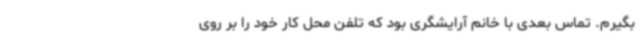
بگیرم. تماس بعدی با خانم آرایشگری بود که تلفن محل کار خود را بر روی